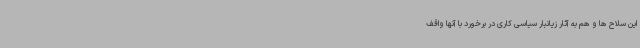
این سلاح ها و هم به آثار زیانبار سیاسی کاری در برخورد با آنها واقف